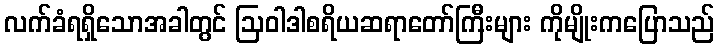
လက်ခံရရှိသောအခါတွင် ဩဝါဒါစရိယဆရာတော်ကြီးများ ကိုမျိုးကပြောသည်